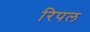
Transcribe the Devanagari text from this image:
रिपल